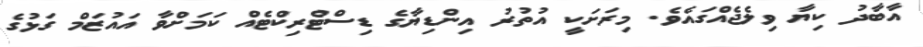
އާބާދު ކިޔާ ވިލެޖެއްގައެވެ. މިރަށަކީ އުތުރު އިންޑިޔާގެ ޑިސްޓްރިކްޓެއް ކަމަށްވާ އައުޒަމް ގަޅުގެ